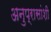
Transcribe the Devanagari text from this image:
अनुप्रासांशी